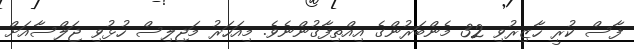
ފާސް ކުރީ ހާޒިރުވި 32 މެންބަރުންގެ އިއްތިފާގުންނެވެ. މިއަހަރު މަޖިލިސް ހުޅުވި ޖަލްސާއަށް